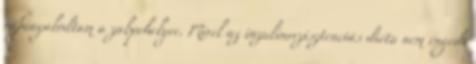
ráfanyalodtam a zabpehelyre. Mivel az inzulinrezisztenciás diéta nem engedi